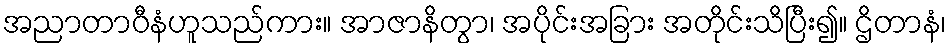
အညာတာဝီနံဟူသည်ကား။ အာဇာနိတွာ၊ အပိုင်းအခြား အတိုင်းသိပြီး၍။ ဌိတာနံ၊